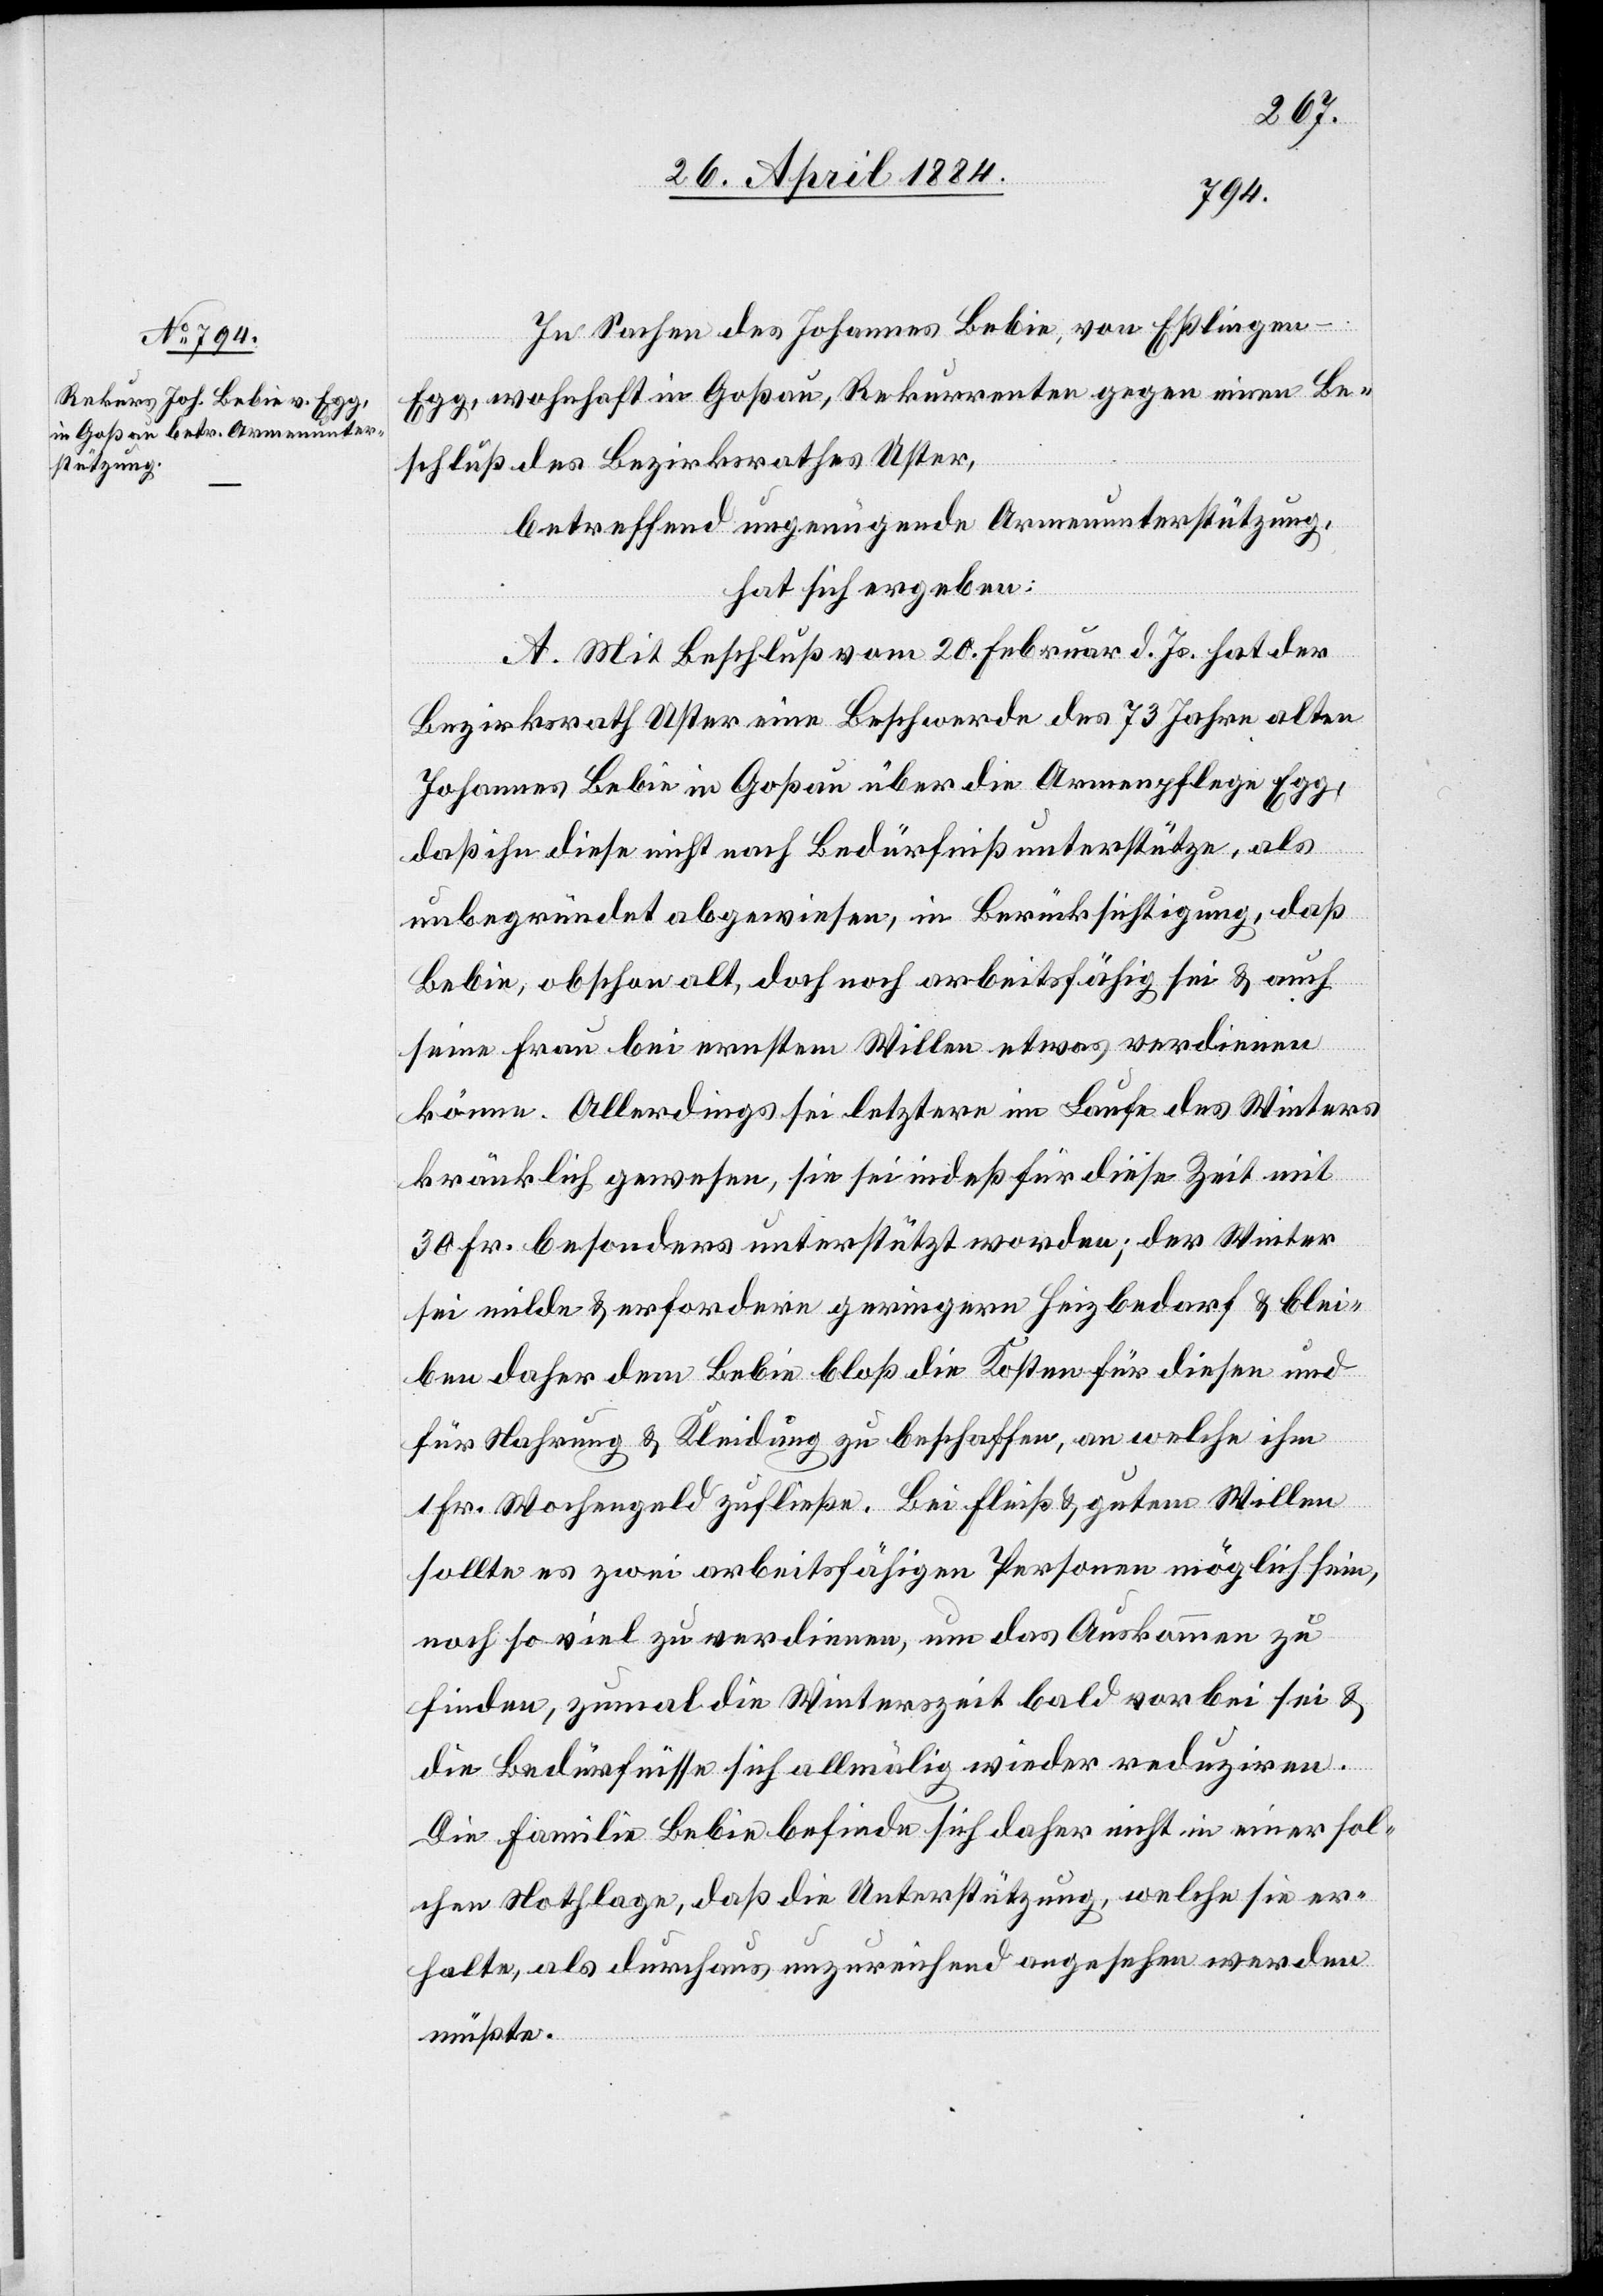
In Sachen des Johannes Bebie, von Eßlingen
Egg, wohnhaft in Goßau, Rekurrenten gegen einen Be¬
schluß des Bezirksrathes Uster,
betreffend ungenügende Armenunterstützung,
hat sich ergeben:
A. Mit Beschluß vom 20. Februar d. Js. hat der
Bezirksrath Uster eine Beschwerde des 73 Jahre alten
Johannes Bebie in Goßau über die Armenpflege Egg,
daß ihn diese nicht nach Bedürfniß unterstütze, als
unbegründet abgewiesen, in Berücksichtigung, daß
Bebie, obschon alt, doch noch arbeitsfähig sei & auch
seine Frau bei ernstem Willen etwas verdienen
könne. Allerdings sei letztere im Laufe des Winters
kränklich gewesen, sie sei indeß für diese Zeit mit
30 Fr. besonders unterstützt worden; der Winter
sei milde & erfordere geringern Heizbedarf & blei¬
ben daher dem Bebie bloß die Kosten für diesen und
für Nahrung & Kleidung zu beschaffen, an welche ihm
1 Fr. Wochengeld zufließen. Bei Fleiß & gutem Willen
sollte es zwei arbeitsfähigen Personen möglich sein,
noch so viel zu verdienen, um das Auskommen zu
finden, zumal die Winterszeit bald vorbei sei &
die Bedürfnisse sich allmälig wieder reduziren.
Die Familie Bebie befinde sich daher nicht in einer sol¬
chen Nothlage, daß die Unterstützung, welche sie er¬
halte, als durchaus unzureichend angesehen werden
müßte.